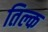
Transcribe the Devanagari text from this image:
तिल्क